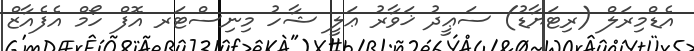
އެޑްމިރަލް (ރިޓަޔާޑު) ސަޢީދު ޚަވާރު ޢަލީ ޝާހު މިނިސްޓަރ އޮފް ހޯމް އެފެއާޒް